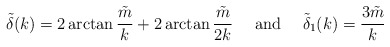
\begin{align*}\tilde \delta(k) = 2\arctan \frac{\tilde m}{k} + 2\arctan \frac{\tilde m}{2k} \hbox{~~~~and~~~~} \tilde\delta_1(k) = \frac{3 \tilde m}{k}\end{align*}